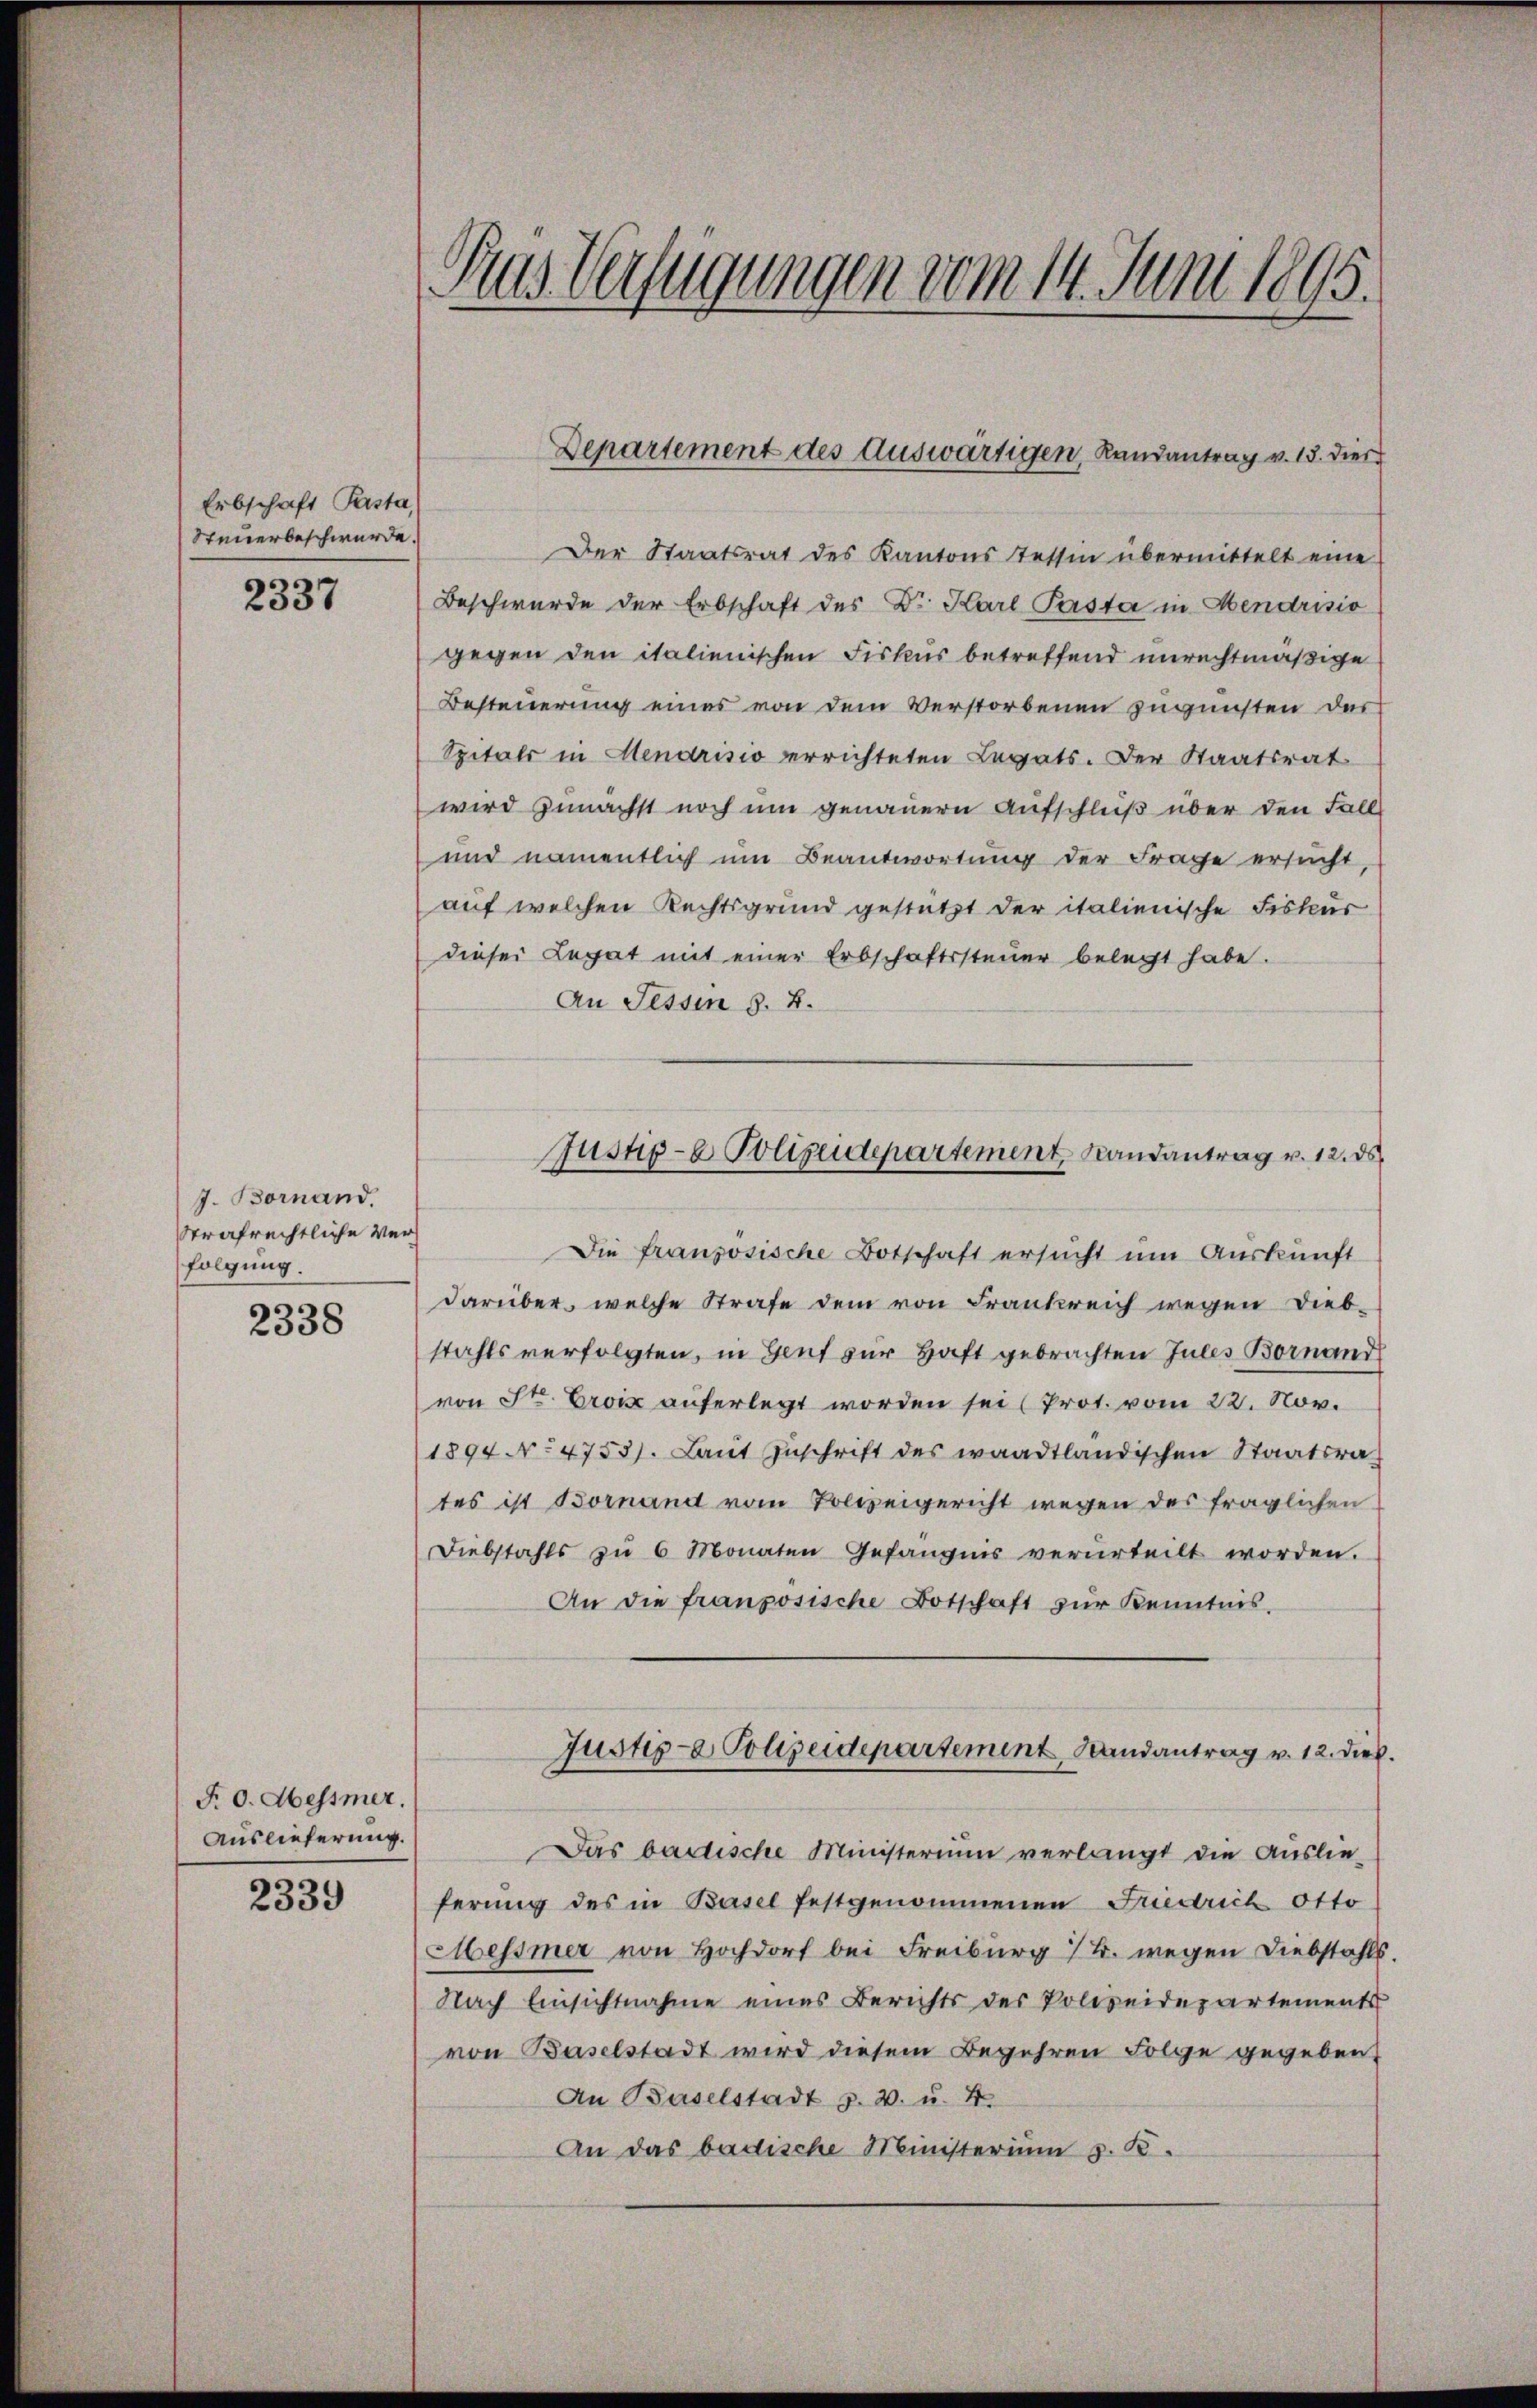
Erbschaft Pasta,
Steuerbeschwürde.

2337

J. Bornand.
Strafrechtliche Verfolgung.

2338

P. O. Messmer,
Auslieferung.

2339

Aus Verfügungen vom 14. Juni 1895.

Der Staatsrat des Kantons Tessin übermittelt eine
Beschwürde der Erbschaft des Dr. Karl Pasta in Hendrisio
gegen den italienischen Fiskus betreffend unrechtmäßige
Besteuerung eines von dem Verstorbenen zugunsten der
Spitals in Menarisio errichteten Legats. Der Staatsrat
wird zunächst noch um genauern Aufschluß über den Fall
und namentlich um Beantwortung der Frage ersucht,
auf welchen Rechtsgrund gestützt der italienische Fiskur
dieser Legat mit einer Erbschaftssteŭer belegt habe.
An Fessen §. 2.
Die französische Botschaft ersucht um Auskunft
darüber, welche Strafe dem von Frankreich wegen Diebstahls verfolgten, in Genf zur Haft gebrachten Jules Bornand
von St. Croix auferlegt worden sei (Prot. vom 22. Nov.
1894 No 4753). Laut Zuschrift des waadtländischen Staatsrates ist Bornand vom Tolweigericht wegen des fraglichen
Diebstahls zŭ 6 Monaten Gefängnis verurteilt worden.
An die französische Botschaft zur Kenntnis,
Justiz- Polizeidepartement Randantrag v. 12. Dieb
Das bastische Ministerium verlangt die Auslie-
ferung des in Basel festgenommenen Friedrich Otto
Messmer von Hochdorf bei Freiburg B. wegen Diebstahls.
Nach Einsichtnahme eines Berichts des Polizeidepartements
von Baselstadt wird diesem Begehren Folge gegeben.
An Baselstadt p. 2. u. 4.
An das badische Ministerium z. B.

Departement des Auswärtigen, Randantrag v. 13. dies

Justiz- & Polizeidepartement Randantrag v. 12. ds.